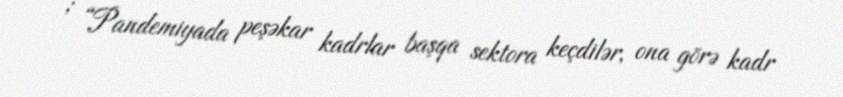
; “Pandemiyada peşəkar kadrlar başqa sektora keçdilər, ona görə kadr